Vital statistics of India. Vol. VI, European troops 1870-79
Year: 1870
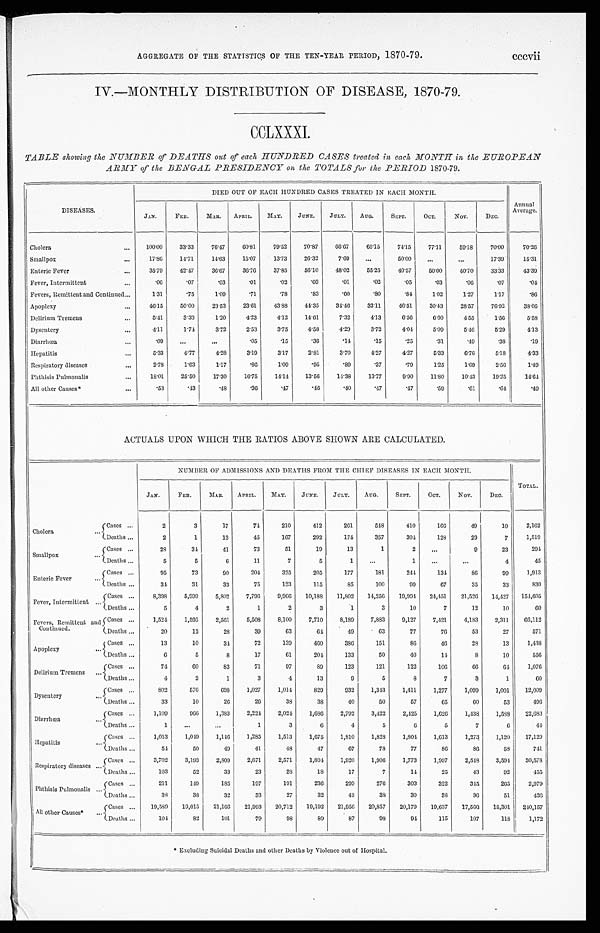
AGGREGATE OF THE STATISTICS OF THE TEN-YEAR PERIOD, 1870-79.
cccvii
IV.—MONTHLY DISTRIBUTION OF DISEASE, 1870-79.
CCLXXXI.
TABLE showing the NUMBER of DEATHS out of each HUNDRED CASES treated in each MONTH in the EUROPEAN
ARMY of the BENGAL PRESIDENCY on the TOTALS for the PERIOD 1870-79.
DISEASES.
DIED OUT OF EACH HUNDRED CASES TREATED IN EACH MONTH.
Annual
Average.
JAN.
FEB.
MAR. APRIL.
MAY.
JUNE.
JULY. AUG.
SEPT.
OCT.
NOV.
DEC.
Cholera
. . . 100.00
33.33
76.47
60.81
79.52
70.87
66.67
65.15
74.15
77.11
59.18
70.00
70. 26
Smallpox
. . . 17.86
14.71
14.63
15.07
13.73
26.32
7.69
...
50.00
...
...
17.39
15. 31
Enteric Fever
. . . 35.79
42.47
36.67
36.76
37.85
56.10
48.02
55.25
40.57
50.00
40.70
33.33
43. 39
Fever, Intermittent
. . . .06
.07
.03
.01
.02
.03
.01
.02
.05
.03
.06
.07
.04
Fevers, Remittent and Continued
. . . 1.31
.75
1.09
.71
.78
.83
.60
.80
.84
1.02
1.27
1.17
.86
Apoplexy
. . . 46.15
50.00
23.53
23.61
43.88
44.35
34.46
33.11
46.51
30.43
28.57
76.92
38.66
Delirium Tremens
. . . 5.41
3.33
1.20
4.23
4.12
14.61
7.32
4.13
6.56
6.60
4.55
1.56
5.58
Dysentery
. . . 4.11
1.74
3.72
2.53
3.75
4.58
4.29
3.72
4.04
5.09
5.46
5.29
4.13
Diarrhœa
. . . .09
...
...
.05
.15
.36
.14
.15
.25
.31
.49
.38
.19
Hepatitis
. . . 5.33
4.77
4.28
3.19
3.17
2.81
3.70
4.27
4.27
5.33
6.76
5.18
4.33
Respiratory diseases
. . . 2.78
1.63
1.17
. 8 6
1.09
.95
.89
.37
.79
1.25
1.69
2.56
1.49
Phthisis Pulmonalis
. . . 18.01
25.50
17.30
16.75
14.14
13.56
14.38
13.77
9.90
11.80
10.43
19.25
14.64
All other Causes*
. . . .53
.43
.48
.36
.47
.46
.40
.47
.47
.59
.61
. 6 4
.49
ACTUALS UPON WHICH THE RATIOS ABOVE SHOWN ARE CALCULATED.
NUMBER OF ADMISSIONS AND DEATHS FROM THE CHIEF DISEASES IN EACH MONTH.
TOTAL.
JAN.
FEB.
MAR.
APRIL. MAY.
JUNE.
JULY.
AUG.
SEPT.
OCT.
NOV.
DEC.
Cholera
. . . Cases ...
2
3
17
74
210
412
261
548
410
166
49
10
2,162
Deaths ...
2
1
13
45
167
292
174
357
304
128
29
7
1,519
Smallpox
. . . Cases ...
28
34
41
73
51
19
13
1
2
. . .
9
23
294
Deaths ...
5
5
6
11
7
5
1
...
1
...
...
4
45
Enteric Fever
. . .
Cases ...
95
73
90
204
325
205
177
181
244
134
86
99
1,913
Deaths ...
34
31
33
75
123
115
85
100
99
67
35
33
830
Fever, Intermittent
. . . Cases ...
8,398
5,999
5,802
7,796
9,966 10,188 11,802 14,256 19,994 24,451
21,526 14,427 154,605
Deaths ...
5
4
2
1
2
3
1
3
10
7
12
10
6 0
Fevers, Remittent and
Continued.
Cases ...
1,524
1,595
2,561
5,508
8,100
7,710
8,189
7,883
9,127
7,421
4,183
2,311 66,112
Deaths ...
20
12
28
39
63
64
49
63
77
76
53
27
571
Apoplexy
. . . Cases
. . .
13
10
34
72
139
460
386
151
86
46
28
13
1,438
Deaths ...
6
5
8
17
61
204
133
50
40
14
8
10
556
Delirium Tremens ...
Cases ...
74
6 0
83
71
97
89
123
121
122
106
66
6 4
1,076
Deaths ...
4
2
1
3
4
13
9
5
8
7
3
1
6 0
Dysentery
. . .
Cases ...
802
576
698
1,027
1,014
829
932
1,343
1,411
1,277
1,099
1,001
12,009
Deaths ...
33
10
26
26
38
38
40
50
57
65
6 0
53
496
Diarrhœa
. . .
Cases ...
1,109
966
1,383
2,224
2,024
1,686
2,792
3,422
2,425
1,626
1,438
1,588 22,683
Deaths ...
1
...
...
1
3
6
4
5
6
5
7
6
44
Hepatitis
. . .
Cases ...
1,013
1,049
1,146
1,285
1,513
1,675
1,810
1,828
1,804
1,613
1,273
1,120
17,129
Deaths ...
54
50
49
41
48
47
67
78
77
86
86
58
741
Respiratory diseases . . . Cases ...
3,702
3,193
2,809
2,671
2,571
1,894
1,920
1,906
1,773
1,997
2,548
3,594 30,578
Deaths ...
103
52
33
23
28
18
17
7
14
25
43
92
455
Phthisis Pulmonalis . . .
Cases ...
211
149
185
197
191
236
299
276
303
322
345
265
2,979
Deaths . . .
38
38
32
33
27
32
43
38
30
38
36
51
436
All other Causes*
.. .
Cases ...
19,589
19,015
21,166
21,993 20,712 19,192 21,956 20,857
20,179
19,637 17,560 18,301 240,157
Deaths ...
104
82
101
79
98
89
87
98
94
115
107
118
1,172
* Excluding Suicidal Deaths and other Deaths by Violence out of Hospital.